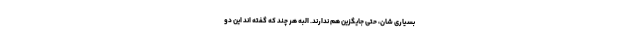
بسیاری شان، حتی جایگزین هم ندارند. البه هر چند که گفته اند این دو